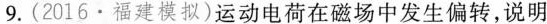
9.（2016·福建模拟）运动电荷在磁场中发生偏转，说明